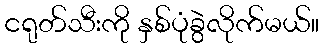
ငရုတ်သီးကို နှစ်ပုံခွဲလိုက်မယ်။